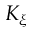
K _ { \xi }